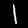
Label: 1